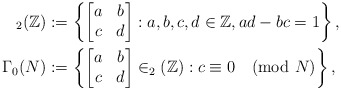
\begin{align*}_2(\mathbb{Z}) & :=\left\{\begin{bmatrix}a & b \\c & d \end{bmatrix}: a, b, c, d \in \mathbb{Z}, ad-bc=1\right\},\\\Gamma_{0}(N) & :=\left\{\begin{bmatrix}a & b \\c & d \end{bmatrix} \in _2(\mathbb{Z}) : c\equiv 0\pmod N \right\},\end{align*}